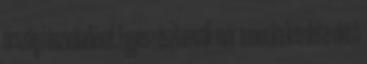
ország részvételével. Egyes résztvevõk már a munka kezdete elõtt